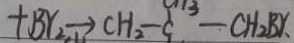
+ B r _ { 2 } \rightarrow C H _ { 2 } - q ^ { 1 3 } - C H _ { 2 } B r .